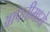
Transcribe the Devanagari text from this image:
आपत्तीमध्ये